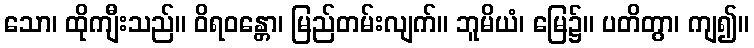
သော၊ ထိုကျီးသည်။ ဝိရဝန္တော၊ မြည်တမ်းလျက်။ ဘူမိယံ၊ မြေ၌။ ပတိတွာ၊ ကျ၍။